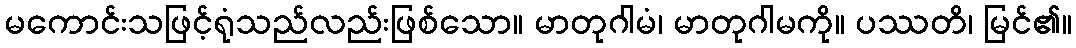
မကောင်းသဖြင့်ရုံသည်လည်းဖြစ်သော။ မာတုဂါမံ၊ မာတုဂါမကို။ ပဿတိ၊ မြင်၏။